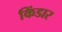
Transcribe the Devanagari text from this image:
किंडार